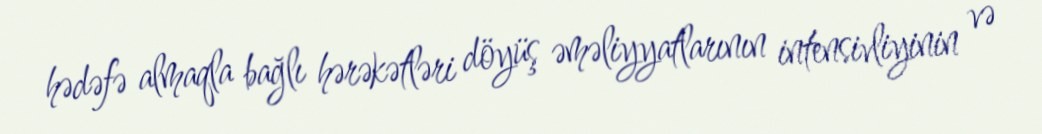
hədəfə almaqla bağlı hərəkətləri döyüş əməliyyatlarının intensivliyinin və